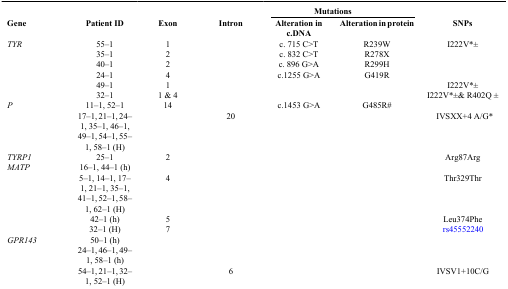
|  |  |  |  | <COLSPAN=2> Mutations |  |
 | Gene | Patient ID | Exon | Intron | Alteration in c.DNA | Alteration in protein | SNPs |
 | --- | --- | --- | --- | --- | --- | --- |
 | TYR | 55–1 | 1 |  | c. 715 C>T | R239W | I222V*± |
 |  | 35–1 | 2 |  | c. 832 C>T | R278X |  |
 |  | 40–1 | 2 |  | c. 896 G>A | R299H |  |
 |  | 24–1 | 4 |  | c.1255 G>A | G419R |  |
 |  | 49–1 | 1 |  |  |  | I222V*± |
 |  | 32–1 | 1 & 4 |  |  |  | I222V*±& R402Q ± |
 | P | 11–1, 52–1 | 14 |  | c.1453 G>A | G485R# |  |
 |  | 17–1, 21–1, 24–1, 35–1, 46–1, 49–1, 54–1, 55–1, 58–1 (H) |  | 20 |  |  | IVSXX+4 A/G* |
 | TYRP1 | 25–1 | 2 |  |  |  | Arg87Arg |
 | MATP | 16–1, 44–1 (h) |  |  |  |  |  |
 |  | 5–1, 14–1, 17–1, 21–1, 35–1, 41–1, 52–1, 58–1, 62–1 (H) | 4 |  |  |  | Thr329Thr |
 |  | 42–1 (h) | 5 |  |  |  | Leu374Phe |
 |  | 32–1 (H) | 7 |  |  |  | rs45552240 |
 | GPR143 | 50–1 (h) |  |  |  |  |  |
 |  | 24–1, 46–1, 49–1, 58–1 (h) |  |  |  |  |  |
 |  | 54–1, 21–1, 32–1, 52–1 (H) |  | 6 |  |  | IVSV1+10C/G |